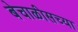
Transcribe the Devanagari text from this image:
बेचाळीसच्या